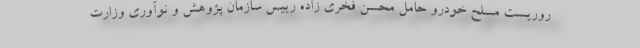
روریست مسلح خودرو حامل محسن فخری زاده رییس سازمان پژوهش و نوآوری وزارت